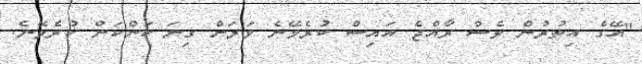
"އޭގެ އިތުރުން ވެސް ރާއްޖެ އައިސް ކުރެވޭނެ ވަރަށް ގިނަ ކަންކަން ކުރެވޭނެ.